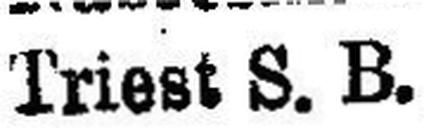
Triest S. B